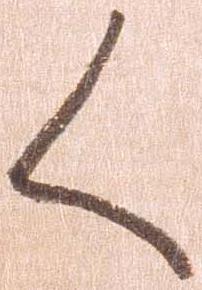
く